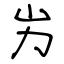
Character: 屴